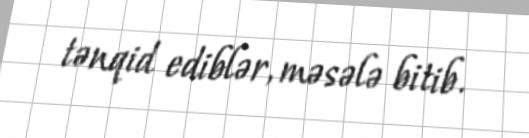
tənqid ediblər, məsələ bitib.